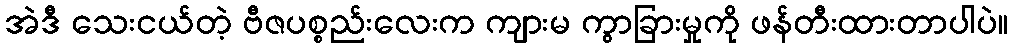
အဲဒီ သေးငယ်တဲ့ ဗီဇပစ္စည်းလေးက ကျားမ ကွာခြားမှုကို ဖန်တီးထားတာပါပဲ။